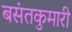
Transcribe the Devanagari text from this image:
बसंतकुमारी